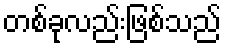
တစ်ခုလည်းဖြစ်သည်